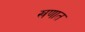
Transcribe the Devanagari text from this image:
खणात